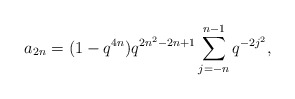
\begin{align*} a_{2n} = (1-q^{4n})q^{2n^2-2n+1}\sum_{j=-n}^{n-1}q^{-2j^2},\end{align*}